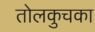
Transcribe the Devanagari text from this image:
तोलकुचका